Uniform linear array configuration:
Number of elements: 24
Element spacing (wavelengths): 0.25
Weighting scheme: uniform
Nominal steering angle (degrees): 15
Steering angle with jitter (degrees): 13.03
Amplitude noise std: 0.05
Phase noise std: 0.05

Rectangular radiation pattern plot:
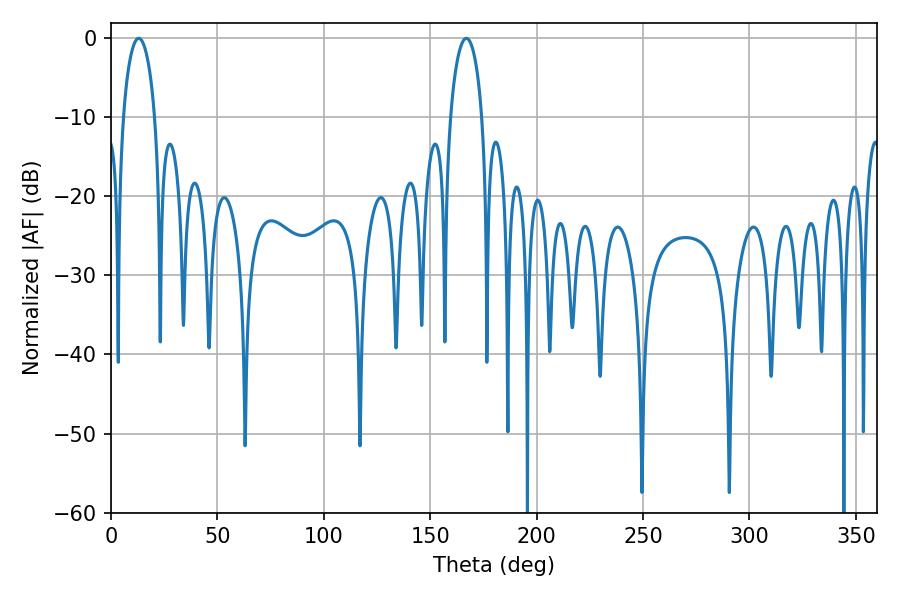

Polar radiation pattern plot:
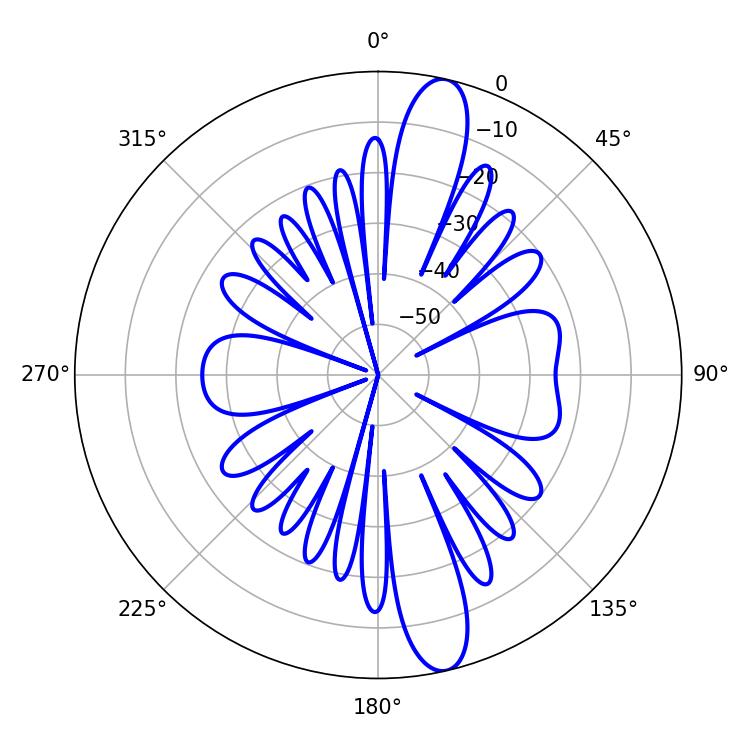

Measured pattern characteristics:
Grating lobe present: FALSE
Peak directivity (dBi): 14.149
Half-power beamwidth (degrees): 8.46
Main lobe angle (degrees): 12.96